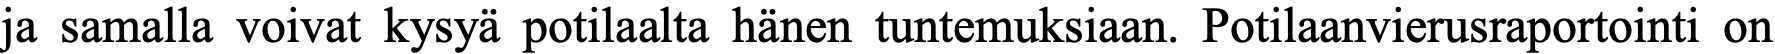
ja samalla voivat kysyä potilaalta hänen tuntemuksiaan. Potilaanvierusraportointi on